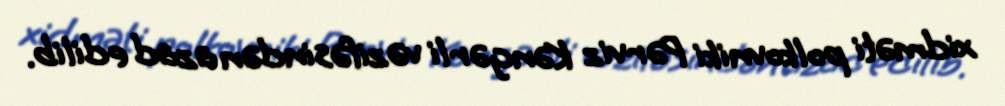
xidməti polkovniki Pərviz Kəngərli vəzifəsindən azad edilib.